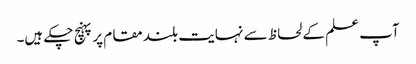
آپ علم کے لحاظ سے نہایت بلند مقام پر پہنچ چکے ہیں۔